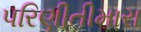
પરિણીતીમારા